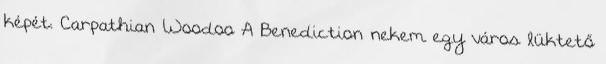
képét. Carpathian Woodoo A Benediction nekem egy város lüktető